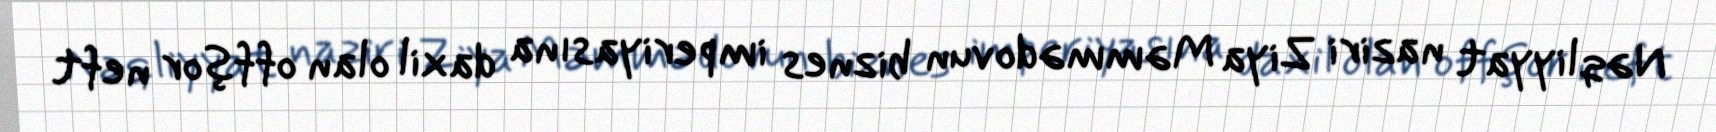
Nəqliyyat naziri Ziya Məmmədovun biznes imperiyasına daxil olan offşor neft